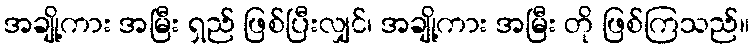
အချို့ကား အမြီး ရှည် ဖြစ်ပြီးလျှင်၊ အချို့ကား အမြီး တို ဖြစ်ကြသည်။